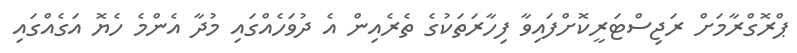
ޕްރޮގްރާމަށް ރަޖިސްޓަރީކޮށްފައިވާ ފިހާރަތަކުގެ ތެރެއިން އެ ދުވަހެއްގައި މުދާ އެންމެ ހެޔޮ އަގެއްގައި